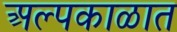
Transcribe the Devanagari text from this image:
अल्पकाळात